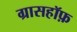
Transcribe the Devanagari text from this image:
ग्रासहॉफ़